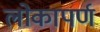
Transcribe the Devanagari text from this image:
लोकापर्ण